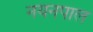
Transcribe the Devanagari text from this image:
नयनपाल